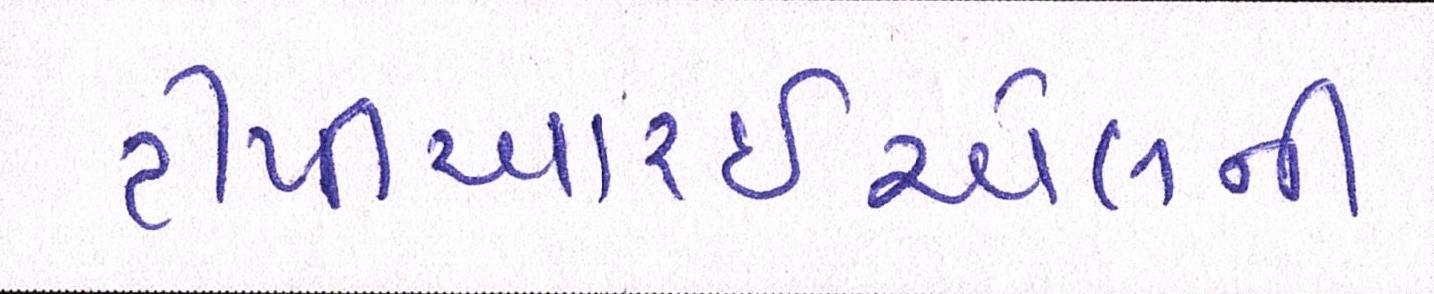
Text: ટીપીઆરઇએલની